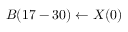
B ( 1 7 - 3 0 ) \leftarrow X ( 0 )